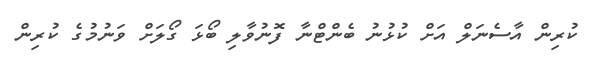
ކުރިން އާސެނަލް އަށް ކުޅުނު ބެންޓްނާ ފޮނުވާލި ބޯޅަ ގޯލަށް ވަނުމުގެ ކުރިން